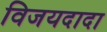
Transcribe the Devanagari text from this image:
विजयदादा